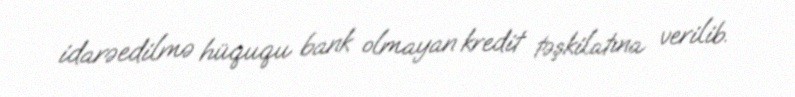
idarəedilmə hüququ bank olmayan kredit təşkilatına verilib.